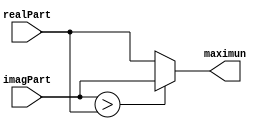
module max(
	input [11:0] imagPart,
	input [11:0] realPart,
	output reg [11:0] maximun);
	always @ * begin
		if(imagPart > realPart)
			maximun = imagPart;
		else
			maximun = realPart;
	end
endmodule